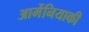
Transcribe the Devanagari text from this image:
आर्मेनियाकी